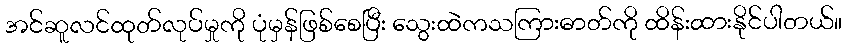
အင်ဆူလင်ထုတ်လုပ်မှုကို ပုံမှန်ဖြစ်စေပြီး သွေးထဲကသကြားဓာတ်ကို ထိန်းထားနိုင်ပါတယ်။